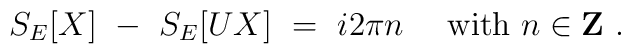
S_{E}[X]\ -\ S_{E}[UX]\ =\ i2\pi n\quad\mbox{ with\ $n \in{\bf Z}$}\ .